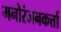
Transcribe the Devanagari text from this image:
मनोरंजनकर्त्ता